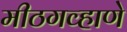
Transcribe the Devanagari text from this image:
मीठगव्हाणे